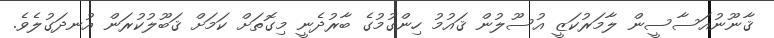
ޤާނޫނުއަސާސީން ލާމަރުކަޒީ އުސޫލުން ޤައުމު ހިންގުމުގެ ބާރުދެނީ މިގޮތަށް ކަމަށް ޤަބޫލުކުރަން އުނދަގުލެވެ.